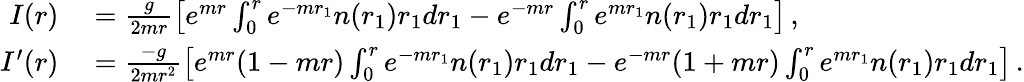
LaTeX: \begin{array}{rl}{I(r)}&{{}=\frac g{2mr}\left[e^{mr}\int_{0}^{r}e^{-mr_{1}}n(r_{1})r_{1}dr_{1}-e^{-mr}\int_{0}^{r}e^{mr_{1}}n(r_{1})r_{1}dr_{1}\right]\, ,}\\ {I^{\prime}(r)}&{{}=\frac{-g}{2mr^{2}}\left[e^{mr}(1-mr)\int_{0}^{r}e^{-mr_{1}}n(r_{1})r_{1}dr_{1}-e^{-mr}(1+mr)\int_{0}^{r}e^{mr_{1}}n(r_{1})r_{1}dr_{1}\right]\, .}\end{array}